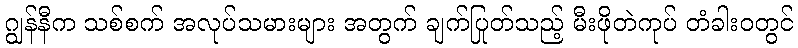
ဂျွန်နီက သစ်စက် အလုပ်သမားများ အတွက် ချက်ပြုတ်သည့် မီးဖိုတဲကုပ် တံခါးဝတွင်